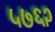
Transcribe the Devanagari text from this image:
५७६२